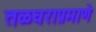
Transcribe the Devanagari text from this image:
तळघराप्रमाणे